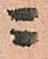
ニ